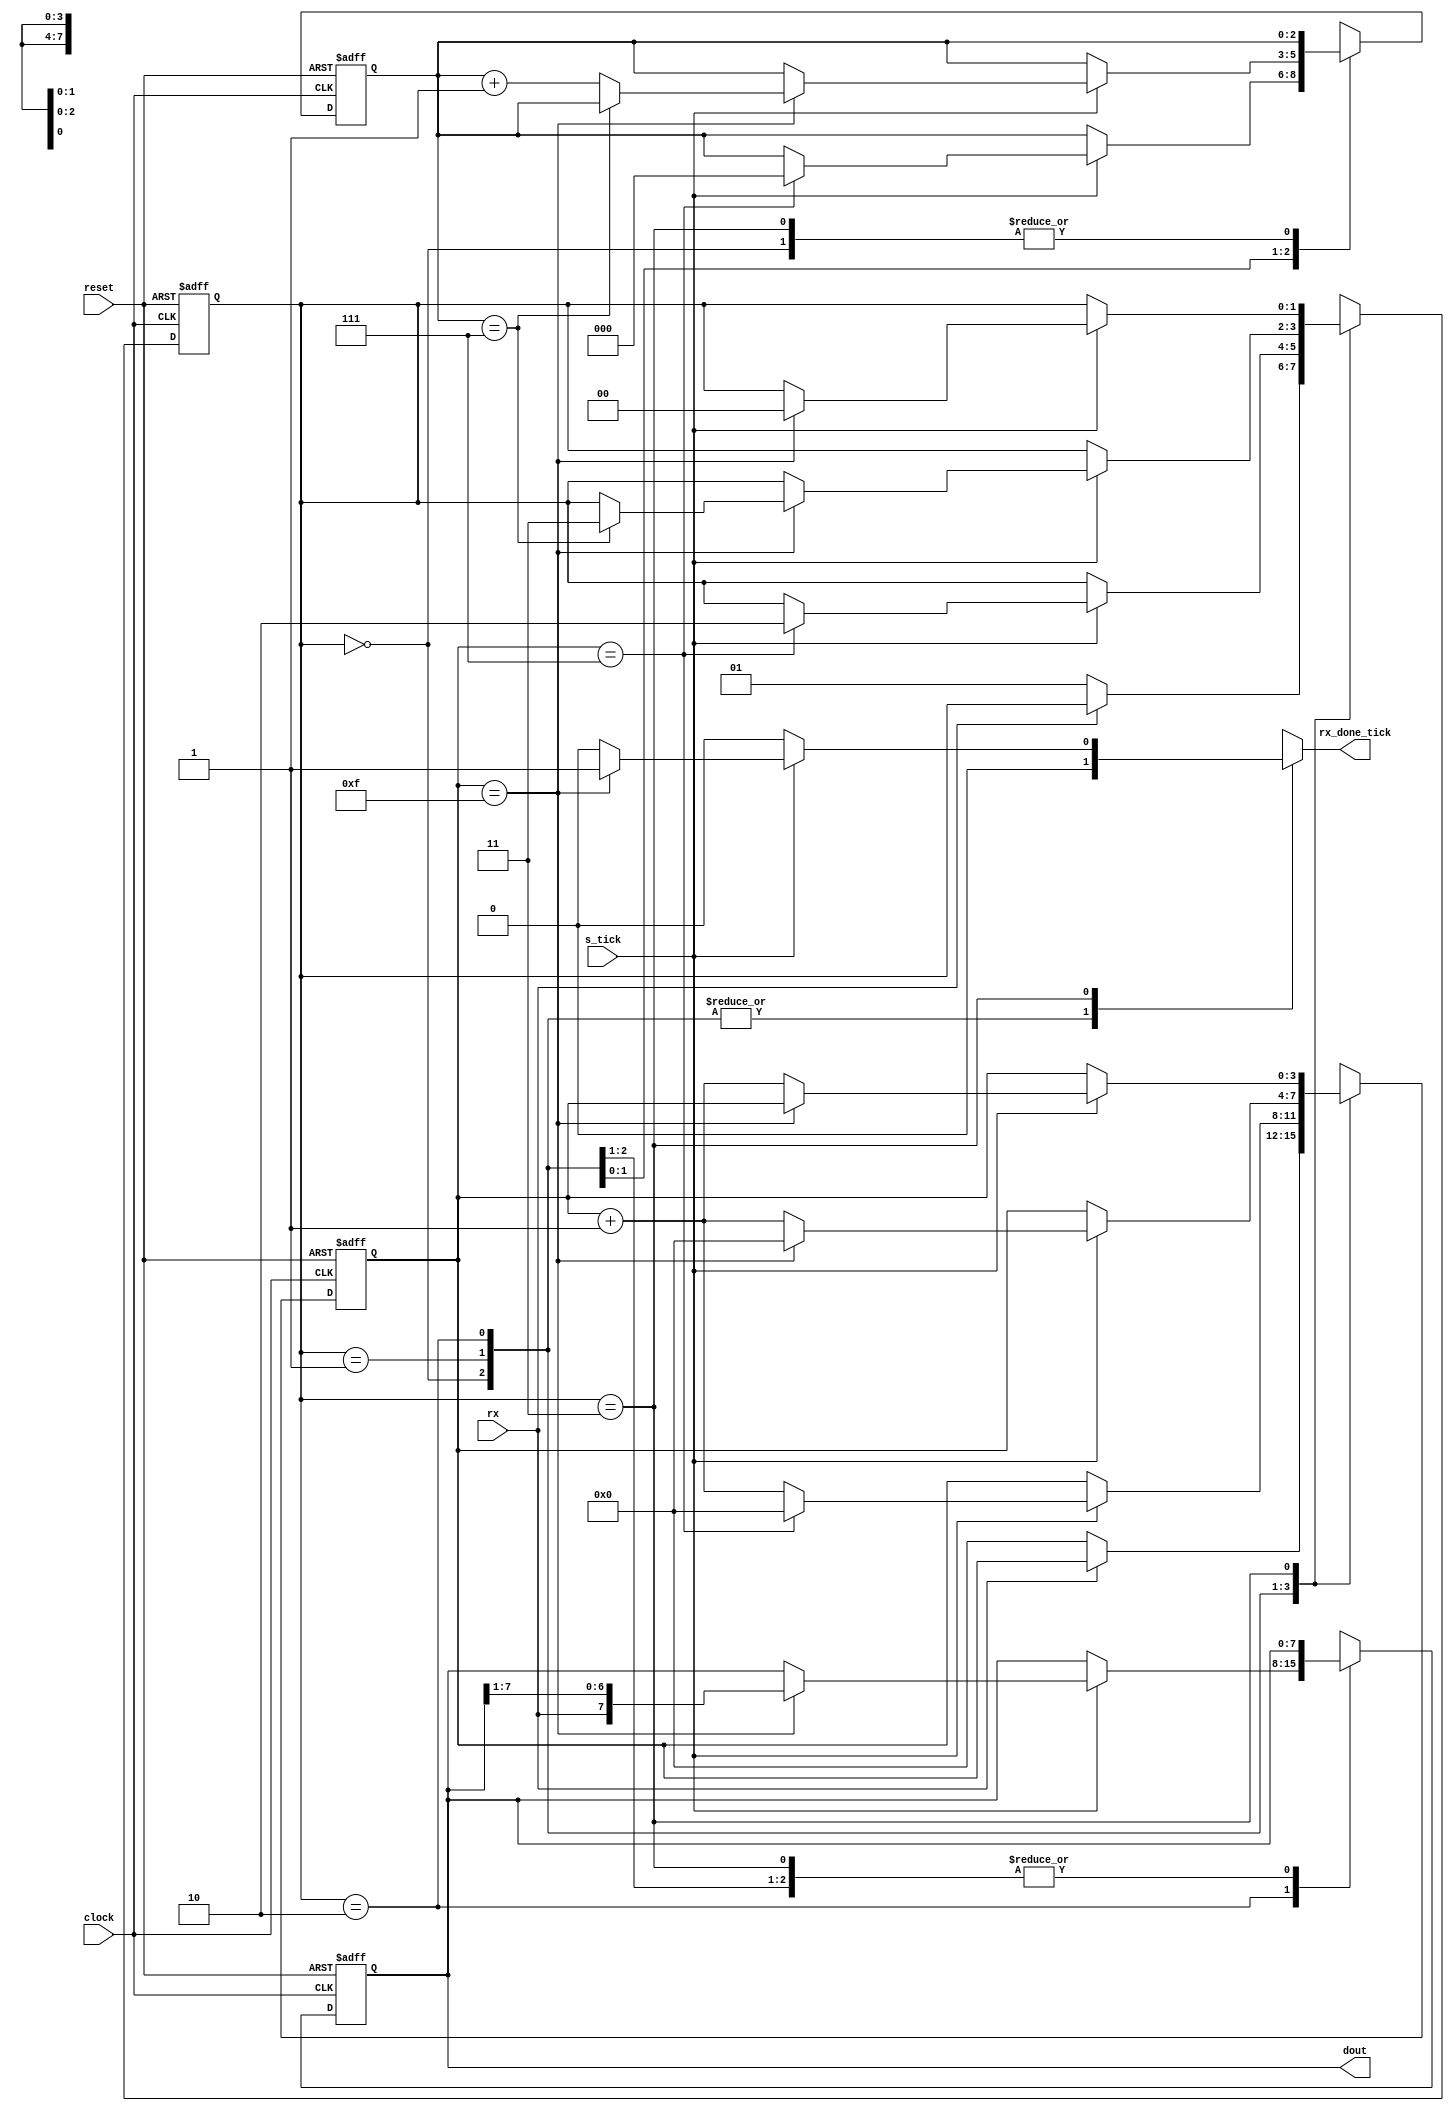
`timescale 1ns / 1ps
//////////////////////////////////////////////////////////////////////////////////
// Student: Aquiles Benjamin Lencina
// Module Name: UART_rx
// Project Name: TP2 Arquitectura
//////////////////////////////////////////////////////////////////////////////////

module UART_rx
    #(
        parameter D_BIT   = 8,   // # Bits de datos
        parameter SB_TICK = 16   // # Ticks para bit de stop
    )
    (
        // Entradas
        input  wire                 clock,
        input  wire                 reset,
        input  wire                 rx,
        input  wire                 s_tick,
        
        // Salidas
        output reg                  rx_done_tick,
        output wire [D_BIT - 1:  0] dout  
    );
    
    // Parametrros de estado
    localparam [1:0]
        idle  = 2'b00,
        start = 2'b01,
        data  = 2'b10,
        stop  = 2'b11;
        
    reg [1:0] state_reg, state_next;
    reg [3:0] s_reg, s_next;
    reg [2:0] n_reg, n_next;
    reg [7:0] b_reg, b_next;
    
    // Proceso de control y estados 
    always @(posedge clock, posedge reset)
        begin   
            if (reset)
                begin
                    state_reg <= idle;
                    s_reg     <= { 4 {1'b0}};
                    n_reg     <= { 3 {1'b0}};
                    b_reg     <= { 8 {1'b0}};
                end
            
            else
                begin
                    state_reg <= state_next;
                    s_reg     <= s_next;
                    n_reg     <= n_next;
                    b_reg     <= b_next;
                end
                
        end
        
    // Logica de control        
    always @(*)
        begin
            state_next   = state_reg;
            rx_done_tick = 1'b0;
            s_next       = s_reg;
            n_next       = n_reg;
            b_next       = b_reg;
            
            case (state_reg)
                idle:
                    begin
                        if (~rx)
                            begin
                                state_next = start;
                                s_next     = { 4 {1'b0}};
                            end
                            
                    end
                    
                start:
                    begin 
                        if(s_tick)
                            if (s_reg == ((SB_TICK / 2) - 1))
                                begin
                                    state_next = data;
                                    s_next     = { 4 {1'b0}};
                                    n_next     = { 3 {1'b0}};
                                end
                            else
                                s_next = s_reg + 1;
                                
                    end
                     
                data:
                    begin
                        if (s_tick)
                            if (s_reg == (SB_TICK - 1))
                                begin
                                    s_next = { 4 {1'b0}};
                                    b_next = {rx, b_reg[7:1]};
                                
                                    if (n_reg == (D_BIT-1))
                                        state_next = stop;
                                    
                                    else
                                        n_next = n_reg + 1;
                                end
                            
                            else
                                s_next = s_reg + 1;
                                
                    end 
                               
                stop:
                    begin
                        if (s_tick)
                            if (s_reg == (SB_TICK-1))
                                begin
                                    state_next   = idle;
                                    rx_done_tick = 1'b1;
                                end
                        
                            else
                                s_next = s_reg + 1;
                                
                    end
                        
            endcase
        end
        
    // Salida    
    assign dout = b_reg;
    
endmodule